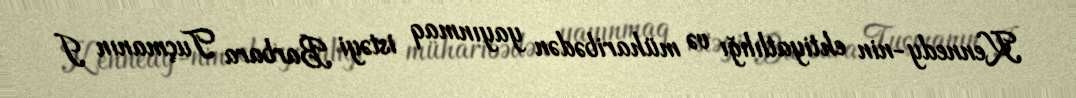
Kennedy-nin ehtiyatlılığı və müharibədən yayınmaq istəyi Barbara Tuçmanın I